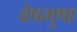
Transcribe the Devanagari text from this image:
वेषभुषा